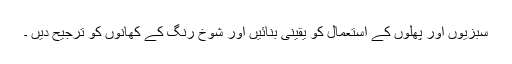
سبزیوں اور پھلوں کے استعمال کو یقینی بنائیں اور شوخ رنگ کے کھانوں کو ترجیح دیں ۔